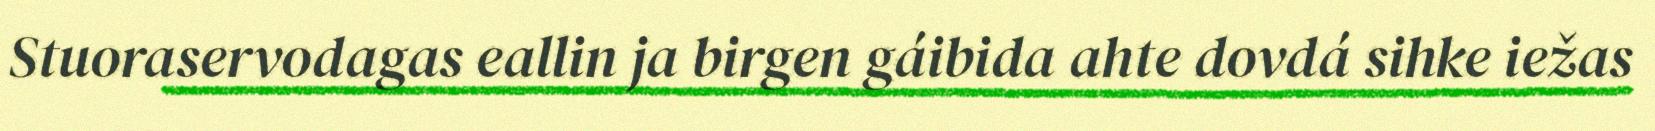
Stuoraservodagas eallin ja birgen gáibida ahte dovdá sihke iežas